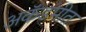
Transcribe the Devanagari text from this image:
अकॅडमीत